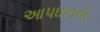
આપઘાતનો